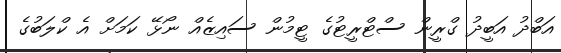
އަބްދު އަބީދު ގްރީން ސްޓްރީޓުގެ ޓީމުން ސައިޒެއް ނޯޅޭ ކަމަށް އެ ކްލަބުގެ